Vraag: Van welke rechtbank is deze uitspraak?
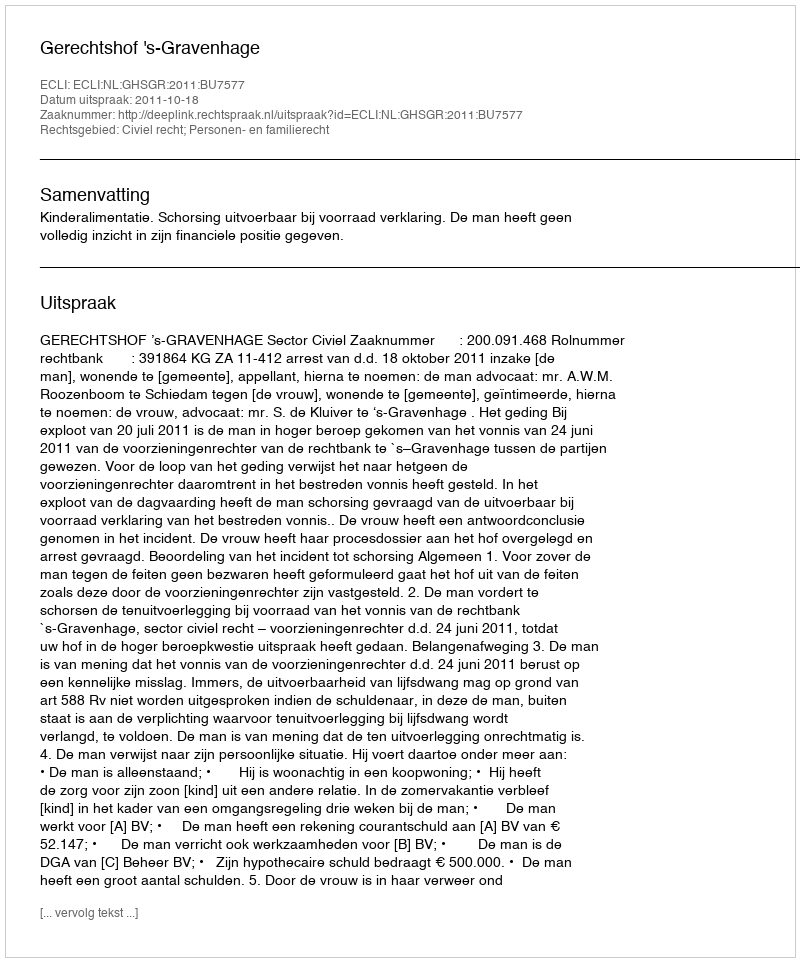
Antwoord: Gerechtshof 's-Gravenhage